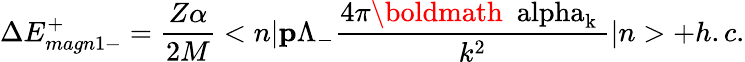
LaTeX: \Delta E_{magn1-}^{+}=\frac{Z\alpha}{2M}<{n}|{\mathbf p}\Lambda_{-}\frac{4\pi\mathrm{\boldmath~\ alpha_{k}~}}{k^{2}}|{n}>+h.c.